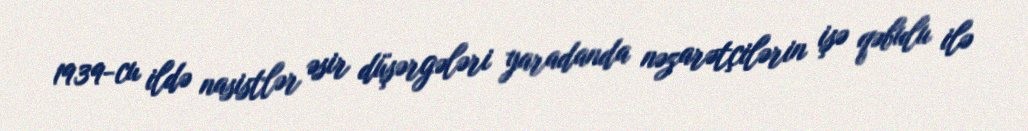
1939-cu ildə nasistlər əsir düşərgələri yaradanda nəzarətçilərin işə qəbulu ilə